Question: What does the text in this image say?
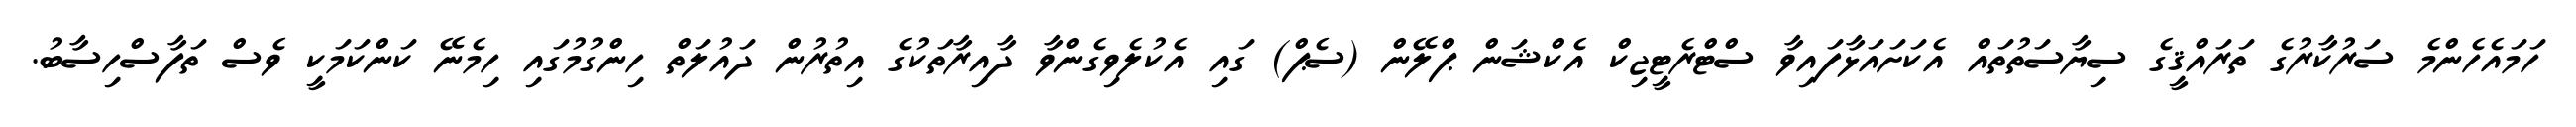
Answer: ހަމައެހެންމެ ސަރުކާރުގެ ތަރައްޤީގެ ސިޔާސަތުތައް އެކަށައަޅާފައިވާ ސްޓްރެޓީޖިކް އެކްޝަން ޕްލޭން (ސެޕް) ގައި އެކުލެވިގެންވާ ދާއިރާތަކުގެ އިތުރުން ދައުލަތް ހިންގުމުގައި ހިމެނޭ ކަންކަމަކީ ވެސް ތަފާސްހިސާބު.